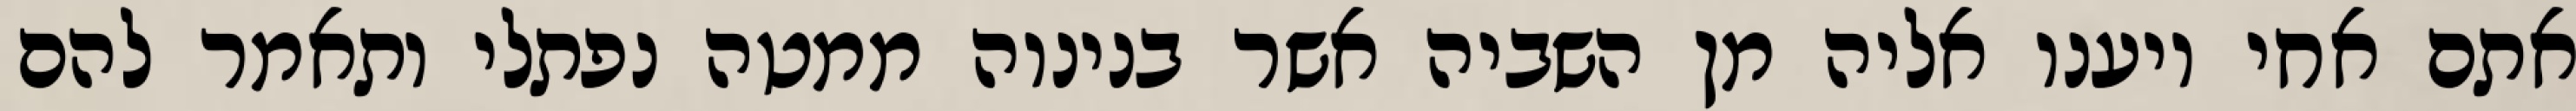
אתם אחי ויענו אליה מן השביה אשר בנינוה ממטה נפתלי ותאמר להם